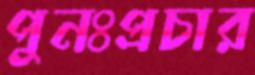
পুনঃপ্রচার